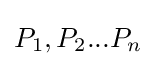
P_{1},P_{2}...P_{n}